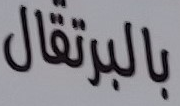
بالبرتقال